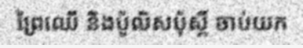
ព្រៃឈើ និងប៉ូលិសប៉ុស្តិ៍ ចាប់យក